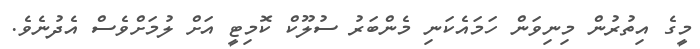
މީގެ އިތުރުން މިނިވަން ހަމައެކަނި މެންބަރު ސުލޫކް ކޮމިޓީ އަށް ލުމަށްވެސް އެދުނެވެ.